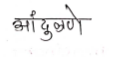
मजकूर: आंदुळणे